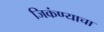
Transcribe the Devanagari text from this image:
जिकंण्याचा